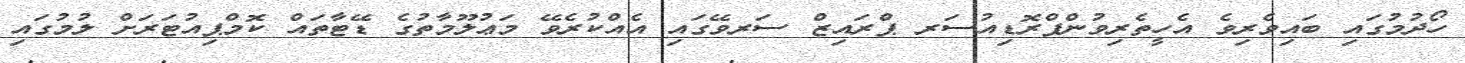
ހޯދުމުގައި ބައިވެރިވެ އެހީތެރިވުންޕްރޮޑިއުސަރ ޕްރައިޒް ސަރވޭގައި އެއްކުރެވޭ މަޢުލޫމާތުގެ ޑޭޓާތައް ކޮމްޕިއުޓަރަށް ލުމުގައި